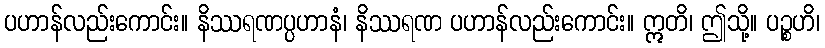
ပဟာန်လည်းကောင်း။ နိဿရဏပ္ပဟာနံ၊ နိဿရဏ ပဟာန်လည်းကောင်း။ ဣတိ၊ ဤသို့။ ပဉ္စဟိ၊